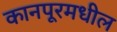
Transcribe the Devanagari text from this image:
कानपूरमधील